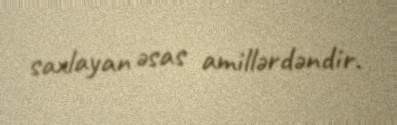
saxlayan əsas amillərdəndir.